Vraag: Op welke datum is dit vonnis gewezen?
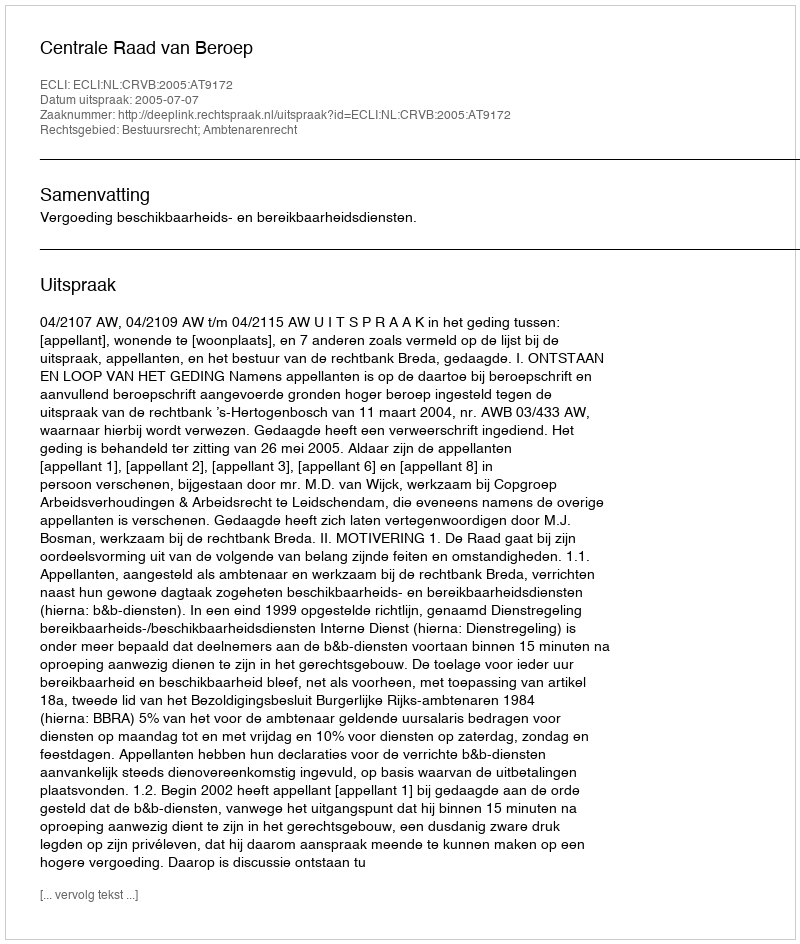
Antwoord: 2005-07-07